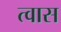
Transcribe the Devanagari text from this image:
त्वास